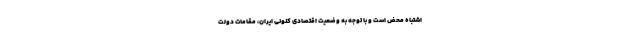
اشتباه محض است و با توجه به وضعیت اقتصادی کنونی ایران، مقامات دولت